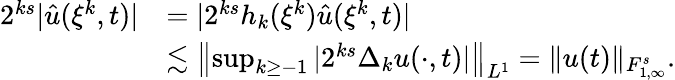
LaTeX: \begin{array}{rl}{2^{ks}|\hat{u}(\xi^{k},t)|}&{=|2^{ks}h_{k}(\xi^{k})\hat{u}(\xi^{k},t)|}\\ &{\lesssim\left\| \operatorname*{sup}_{k\geq-1}|2^{ks}\Delta_{k}u(\cdot,t)|\right\| _{L^{1}}=\| u(t)\| _{{F}_{1,\infty}^{s}}.}\end{array}